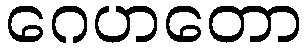
ဂေဟတော